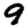
Digit: 9